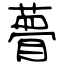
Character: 瞢